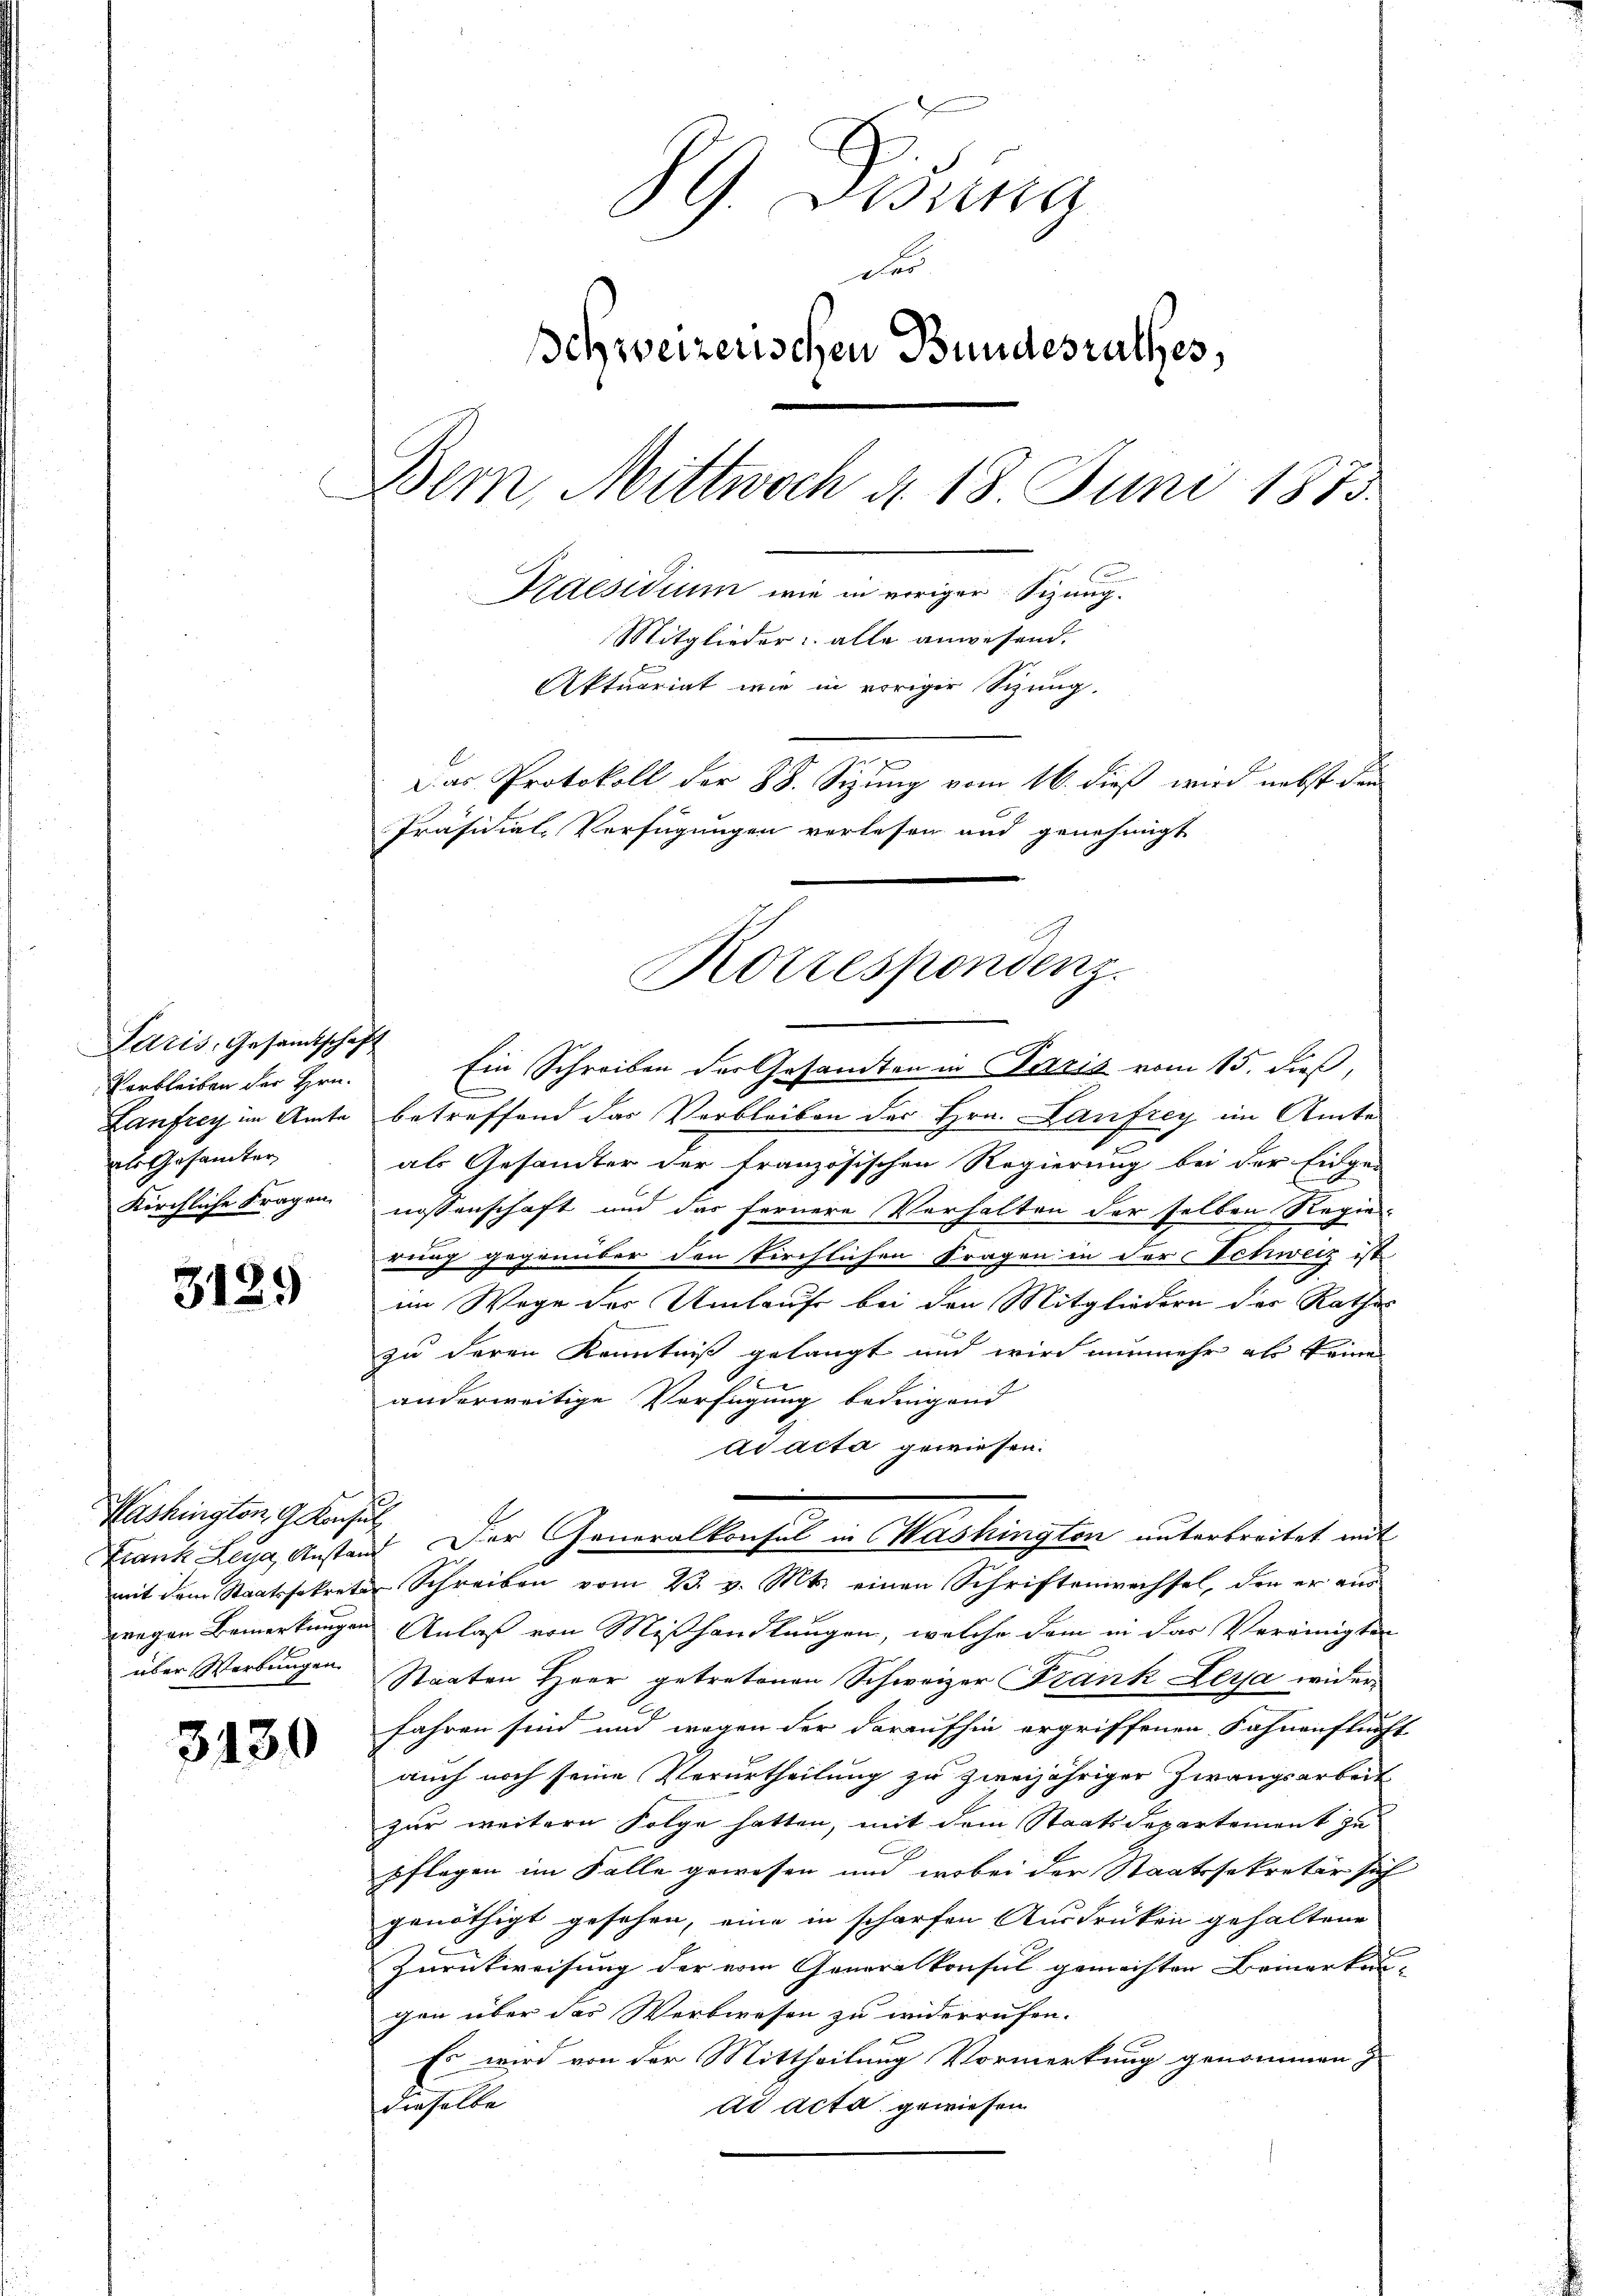
Paris, Gesandtschaft
Verbleiben der Hrn.
Lanfrey im Amte
als Gesamter
Kirchliche Fragen

3129

Washington, 9. Konsul

3130

89. Disung
s
Ichweizerischen Bundesrathes,
Bern, Mittwoch d. 18 Juni 1873.
Kaesidium wie in voriger Sizung.
Mitglieder alle anwesend.
Aktuariat wie in voriger Sizung.
Das Protokoll der 88. Sizung vom 16. dieß wird nebst den
Präsidial-Verfügungen verlesen und genehmigt

Ein Schreiben der Gesandten in Paris vom 15. dieß,
betreffend das Verbleiben der Hrn. Laufrey im Amte
als Gesamter der französischen Regierung bei der Einge-
nossenschaft und das fernere Verhalten der selben Regie
rung gegenüber den kirchlichen Fragen in der Schweiz ist
im Wege des Umlaufe bei den Mitgliedern des Rathes
zu deren Kenntniß gelangt und wird nunmehr als keine
anderweitige Verfügung bedingend
ad acta gewiesen.
mit dem Staatssekreten Schreiben vom 23. v. Mts. einen Schriftenwechsel, den er aus
wregen Bemerkungen Anlaß von Mißhandlungen, welche dem in das Vereinigten
über Werbungen Staaten Herr getretenen Schweizer Frank Leyja widerfahren sind und wegen der daraufhin ergriffenen Fahnenfluft
auch noch seine Verurtheilung zu zweijähriger Zwangsarbeit
zur weitern Folge hatten, mit dem Staatsdepartement zu
pflegen im Falle gewesen und wobei der Staatssekretär sich
genöthigt gesehen, eine in scharfen Ausdrücken gehaltene
Zurückweisung der vom Generalkonsul gemachten Bemerkungen über das Werbwesen zu widerrufen.
Es wird von der Mittheilung Vormerkung genommen
dieselbe
ad acta gewiesen

Rottespondenz.

Frank Leyg Anstand. Der Generalkonsul in Washingten unterbreitet mit